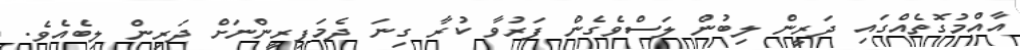
އާއްމުގޮތެއްގައި ދަރީން ލިބުން ލަސްވެގެން ފަރުވާ ކުރާ ގިނަ ދެމަފިރީންނަށް ދަރިން ލިބެއެވެ.